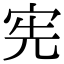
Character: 宪